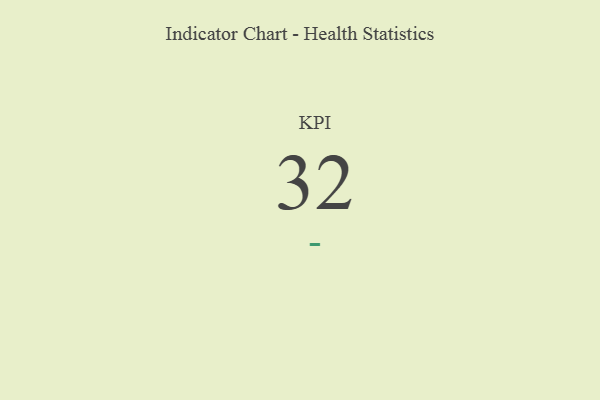
{"axis": {"x": "KPI", "y": "Value"}, "legend": [""], "data": [{"x": "KPI", "y": 32, "type": ""}]}